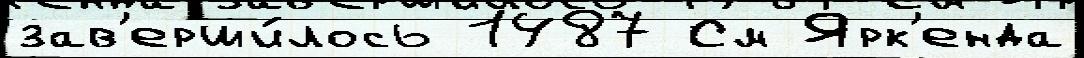
зав'ерши́лось 1487 См Ярк'енда